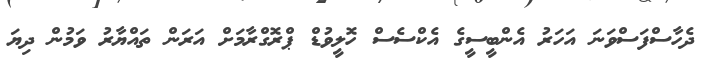
ދެހާސްފަސްވަނަ އަހަރު އެންބީސީގެ އެކްސެސް ހޮލީވުޑް ޕްރޮގްރާމަށް އަރަން ތައްޔާރު ވަމުން ދިޔަ